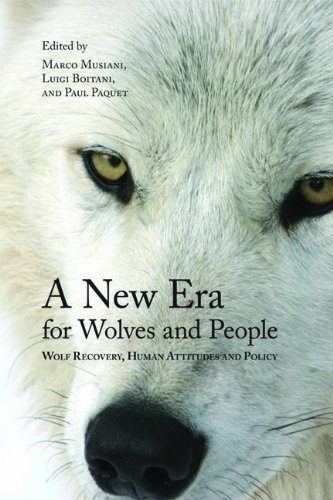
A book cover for A New Era for Wolves and People: Wolf Recovery, Human Attitudes, and Policy (Energy, Ecology and Environment); Science & Math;